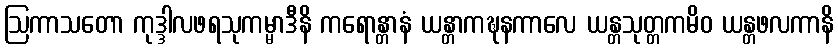
ဩကာသတော ကုဒ္ဒါလဖရသုကမ္မာဒီနိ ကရောန္တာနံ ယန္တာကဍ္ဎနကာလေ ယန္တသုတ္တကမိဝ ယန္တဖလကာနိ